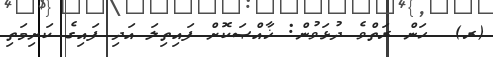
(ރ)  ހަން ރަތްވެ ދުޅަވުން: ޚާއްޞަކޮށް ފައިތިލަ އަދި ފައިގެ ކަށިމަތި